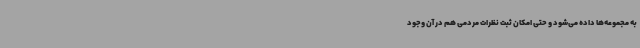
به مجموعه‌ها داده می‌شود و حتی امکان ثبت نظرات مردمی هم در آن وجود